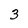
Character: 3